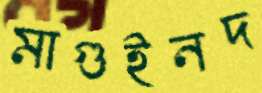
মাগুইনদ